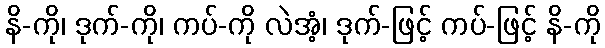
နိ-ကို၊ ဒုက်-ကို၊ ကပ်-ကို လဲအံ့၊ ဒုက်-ဖြင့် ကပ်-ဖြင့် နိ-ကို